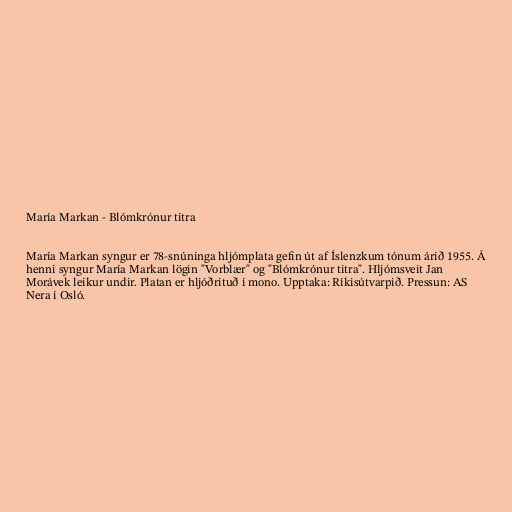
María Markan - Blómkrónur titra

María Markan syngur er 78-snúninga hljómplata gefin út af Íslenzkum tónum árið 1955. Á
henni syngur María Markan lögin "Vorblær" og "Blómkrónur titra". Hljómsveit Jan
Morávek leikur undir. Platan er hljóðrituð í mono. Upptaka: Ríkisútvarpið. Pressun: AS
Nera í Osló.